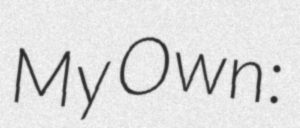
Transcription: My Own: